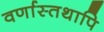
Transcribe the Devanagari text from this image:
वर्णास्तथापि